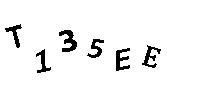
T135EE